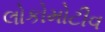
લોકોમોટીવ